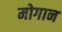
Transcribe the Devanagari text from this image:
मोगान